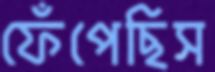
ফেঁপেছিস